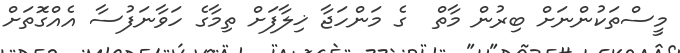
މީސްތަކުންނަށް ބިރުން މާތް  ގެ މަންހަޖާ ޚިލާފަށް ތިމާގެ ހަވާނަފުސާ އެއްގޮަތަށް